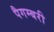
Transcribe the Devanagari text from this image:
पैगम्बरी